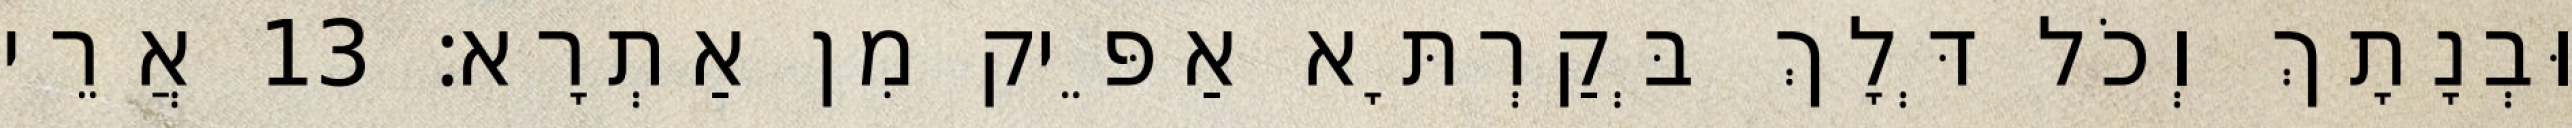
וּבְנָתָךְ וְכֹל דְּלָךְ בְּקַרְתָּא אַפֵּיק מִן אַתְרָא׃ 13 אֲרֵי